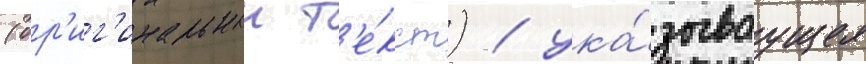
(ор'иг'инальныи т'е́кст) / ука́зываущее